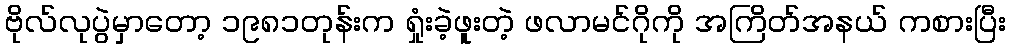
ဗိုလ်လုပွဲမှာတော့ ၁၉၈၁တုန်းက ရှုံးခဲ့ဖူးတဲ့ ဖလာမင်ဂိုကို အကြိတ်အနယ် ကစားပြီး